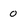
Character: 0